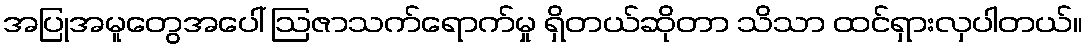
အပြုအမူတွေအပေါ် ဩဇာသက်ရောက်မှု ရှိတယ်ဆိုတာ သိသာ ထင်ရှားလှပါတယ်။